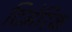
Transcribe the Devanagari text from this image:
दिमेरिक